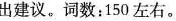
出建议。词数：150左右。